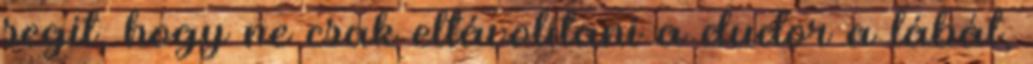
segít, hogy ne csak eltávolítani a dudor a lábát,